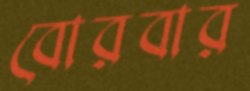
বোরবার